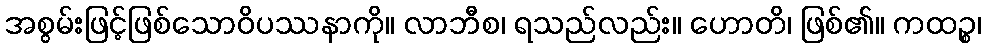
အစွမ်းဖြင့်ဖြစ်သောဝိပဿနာကို။ လာဘီစ၊ ရသည်လည်း။ ဟောတိ၊ ဖြစ်၏။ ကထဉ္စ၊